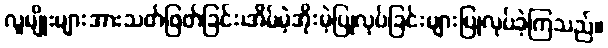
လူမျိုးများအားသတ်ဖြတ်ခြင်း၊အိမ်မဲ့အိုးမဲ့ပြုလုပ်ခြင်းများပြုလုပ်ခဲ့ကြသည်။